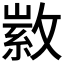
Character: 𢾰